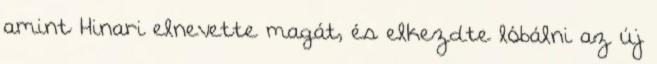
amint Hinari elnevette magát, és elkezdte lóbálni az új